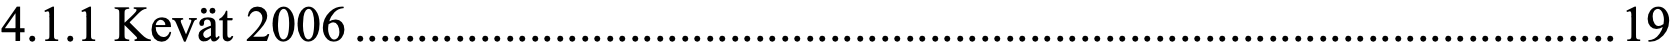
4.1.1 Kevät 2006.....................................................................................................19